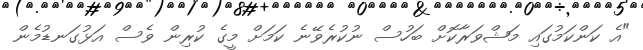
"އެ ކަންކަމުގައި މަޝްވަރާކޮށް ބަހުސް ނުކުރެވޭނެ ކަމަށް މީގެ ކުރިން ވެސް އަޅުގަނޑުމެން